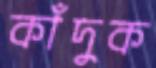
কাঁদুক